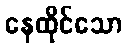
နေထိုင်သော